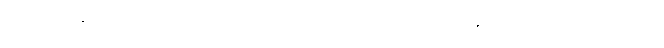
ရခိုင်ပြည်နယ်မှာရှိတဲ့ လူထု အသိုင်းအဝိုင်းအတွက် ကိုဖီအာနန် အကြံပေးကော်မရှင်ရဲ့